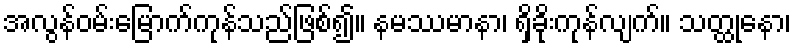
အလွန်ဝမ်းမြောက်ကုန်သည်ဖြစ်၍။ နမဿမာနာ၊ ရှိခိုးကုန်လျက်။ သတ္ထုနော၊